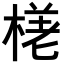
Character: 𣕗